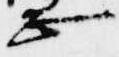
正